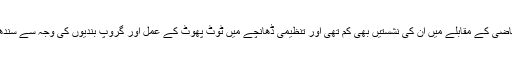
ایم کیو ایم پاکستان دوبارہ کنگ میکر بن کر ابھری، گو کہ ماضی کے مقابلے میں ان کی نشستیں بھی کم تھی اور تنظیمی ڈھانچے میں ٹوٹ پھوٹ کے عمل اور گروپ بندیوں کی وجہ سے سندھ کے شہری علاقوں سے پی ٹی آئی کو خلاف توقع ووٹ ملا۔